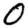
Digit: 0